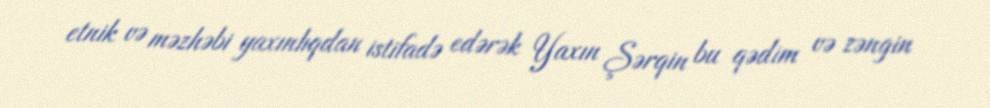
etnik və məzhəbi yaxınlıqdan istifadə edərək Yaxın Şərqin bu qədim və zəngin